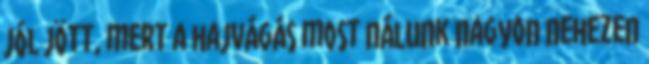
jól jött, mert a hajvágás most nálunk nagyon nehezen